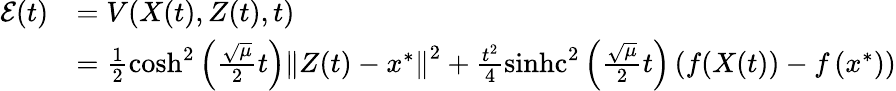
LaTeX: \begin{array}{rl}{\mathcal{E}(t)}&{=V(X(t),Z(t),t)}\\ &{=\frac{1}{2}\cosh^{2}\left(\frac{\sqrt{\mu}}{2}t\right)\left\Vert Z(t)-x^{*}\right\Vert^{2}+\frac{t^{2}}{4}\operatorname{sinhc}^{2}\left(\frac{\sqrt{\mu}}{2}t\right)\left(f(X(t))-f\left(x^{*}\right)\right)}\end{array}